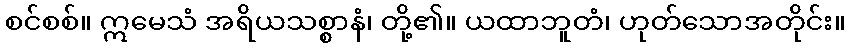
စင်စစ်။ ဣမေသံ အရိယသစ္စာနံ၊ တို့၏။ ယထာဘူတံ၊ ဟုတ်သောအတိုင်း။